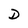
Character: D